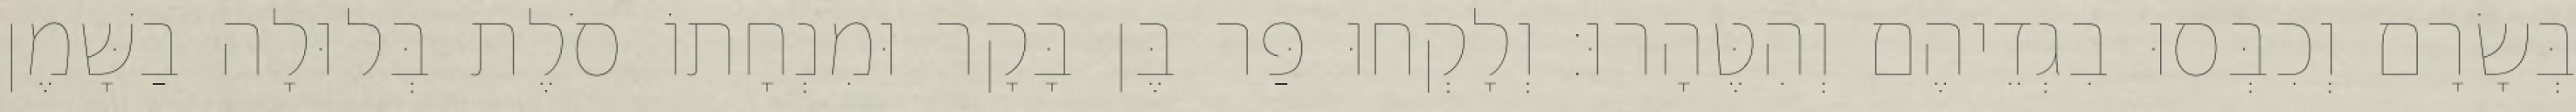
בְּשָׂרָם וְכִבְּסוּ בִגְדֵיהֶם וְהִטֶּהָרוּ׃ וְלָקְחוּ פַּר בֶּן בָּקָר וּמִנְחָתוֹ סֹלֶת בְּלוּלָה בַשָּׁמֶן